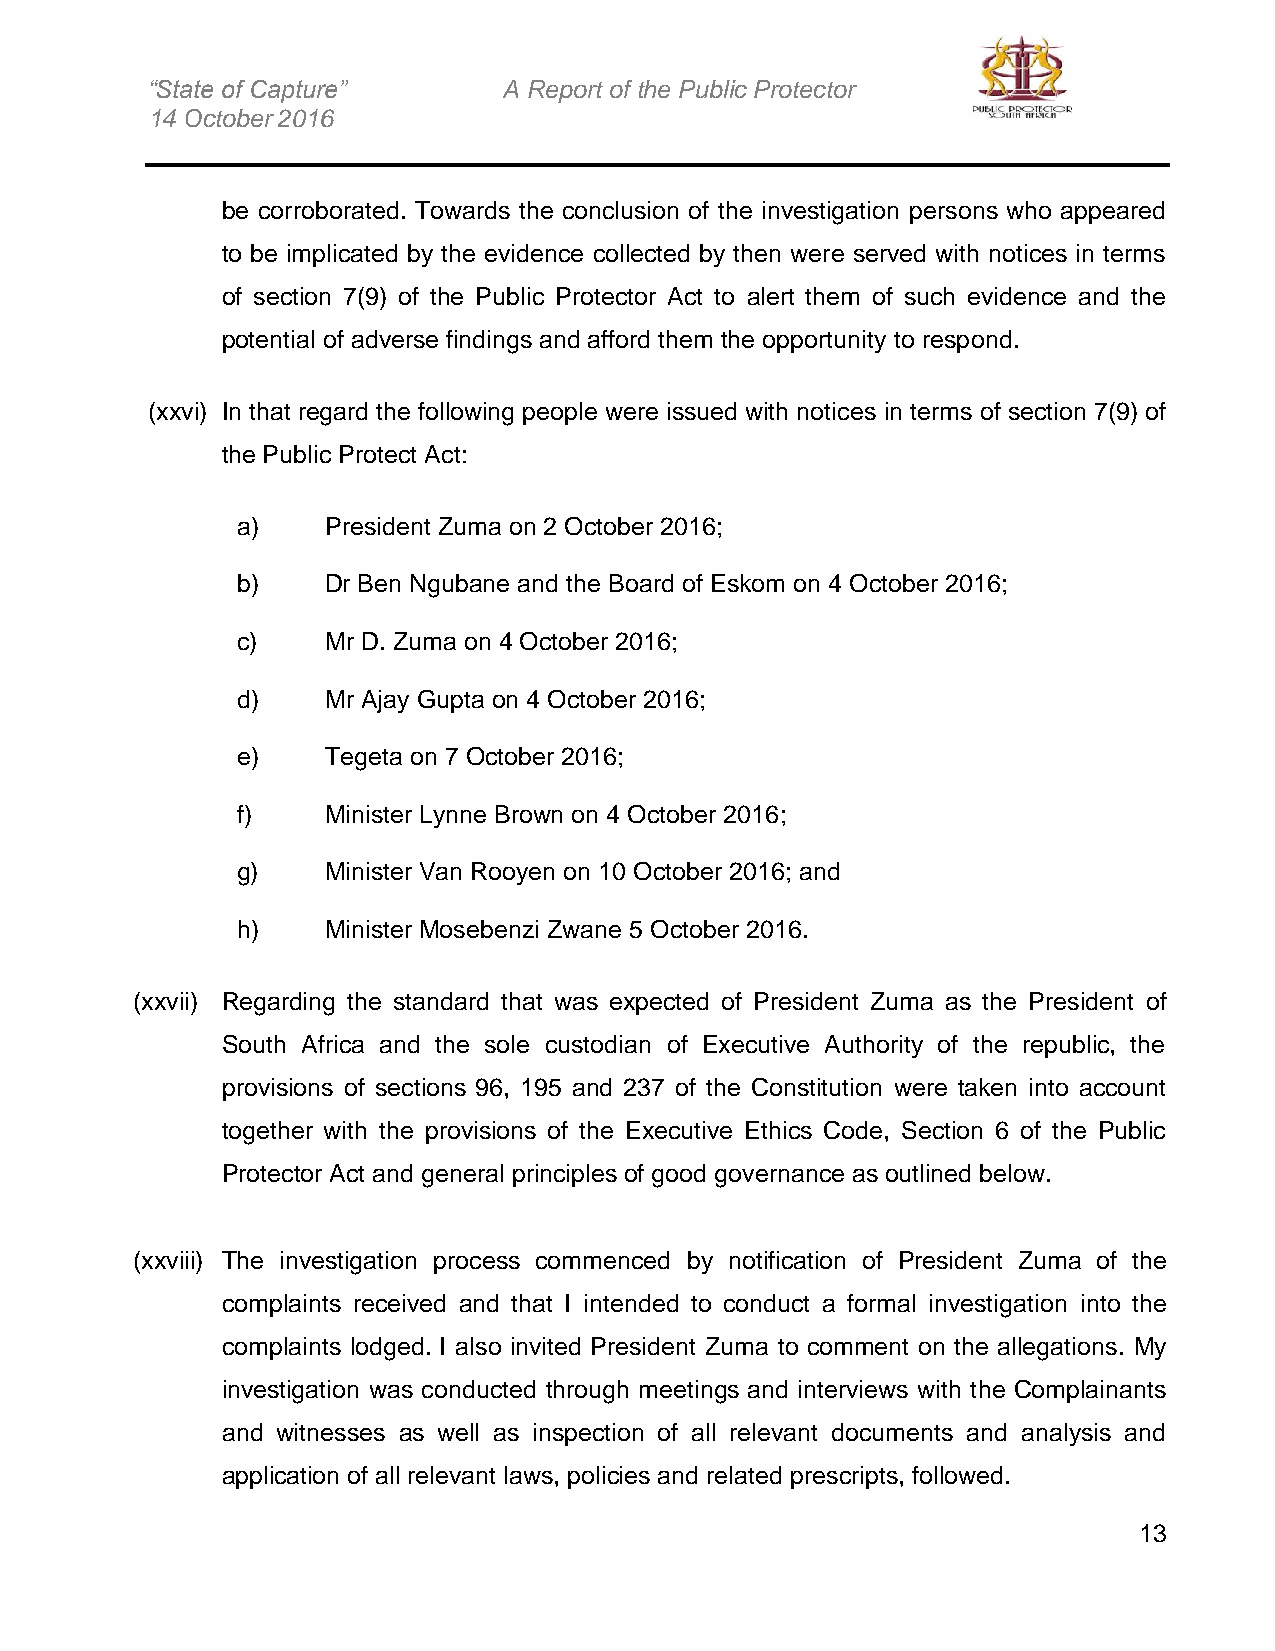
“State of Capture”     A Report of the Public Protector
 14 October 2016
 be corroborated. Towards the conclusion of the investigation persons who appeared
 to be implicated by the evidence collected by then were served with notices in terms
 of section 7(9) of the Public Protector Act to alert them of such evidence and the
 potential of adverse findings and afford them the opportunity to respond.
 (xxvi) In that regard the following people were issued with notices in terms of section 7(9) of
 the Public Protect Act:
 a)    President Zuma on 2 October 2016;
 b)    Dr Ben Ngubane and the Board of Eskom on 4 October 2016;
 c)    Mr D. Zuma on 4 October 2016;
 d)    Mr Ajay Gupta on 4 October 2016;
 e)    Tegeta on 7 October 2016;
 f)    Minister Lynne Brown on 4 October 2016;
 g)    Minister Van Rooyen on 10 October 2016; and
 h)    Minister Mosebenzi Zwane 5 October 2016.
 (xxvii) Regarding the standard that was expected of President Zuma as the President of
 South Africa and the sole custodian of Executive Authority of the republic, the
 provisions of sections 96, 195 and 237 of the Constitution were taken into account
 together with the provisions of the Executive Ethics Code, Section 6 of the Public
 Protector Act and general principles of good governance as outlined below.
 (xxviii) The investigation process commenced by notification of President Zuma of the
 complaints received and that I intended to conduct a formal investigation into the
 complaints lodged. I also invited President Zuma to comment on the allegations. My
 investigation was conducted through meetings and interviews with the Complainants
 and witnesses as well as inspection of all relevant documents and analysis and
 application of all relevant laws, policies and related prescripts, followed.
 13